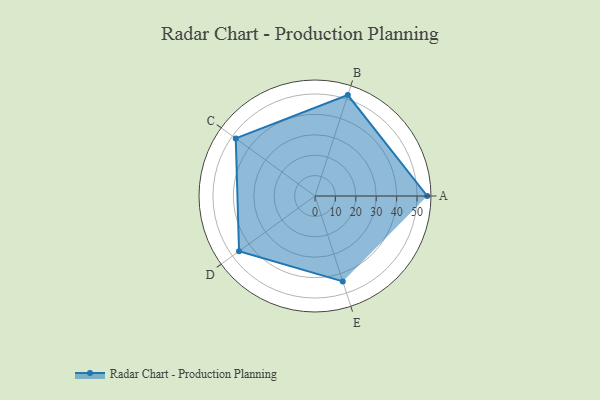
{"axis": {"x": "Skill", "y": "Score"}, "legend": ["Profile"], "data": [{"x": "A", "y": 55.0, "type": "Profile"}, {"x": "B", "y": 52.0, "type": "Profile"}, {"x": "C", "y": 48.0, "type": "Profile"}, {"x": "D", "y": 46.0, "type": "Profile"}, {"x": "E", "y": 44.0, "type": "Profile"}]}